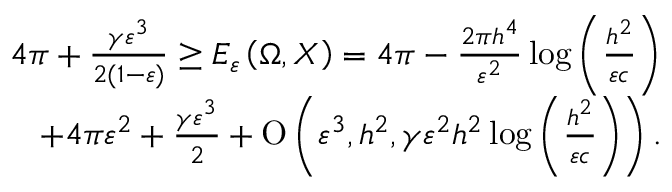
\begin{array} { r } { 4 \pi + \frac { \gamma \varepsilon ^ { 3 } } { 2 ( 1 - \varepsilon ) } \geq E _ { \varepsilon } \left( \Omega , X \right) = 4 \pi - \frac { 2 \pi h ^ { 4 } } { \varepsilon ^ { 2 } } \log { \left( \frac { h ^ { 2 } } { \varepsilon c } \right) } } \\ { + 4 \pi \varepsilon ^ { 2 } + \frac { \gamma \varepsilon ^ { 3 } } { 2 } + \ensuremath { \operatorname { O } \left( \varepsilon ^ { 3 } , h ^ { 2 } , \gamma \varepsilon ^ { 2 } h ^ { 2 } \log { \left( \frac { h ^ { 2 } } { \varepsilon c } \right) } \right) } . } \end{array}